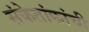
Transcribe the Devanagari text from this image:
संकेतांकांची